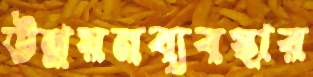
উন্নয়নব্যবস্থার